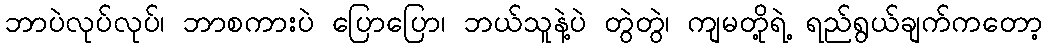
ဘာပဲလုပ်လုပ်၊ ဘာစကားပဲ ပြောပြော၊ ဘယ်သူနဲ့ပဲ တွဲတွဲ၊ ကျမတို့ရဲ့ ရည်ရွယ်ချက်ကတော့